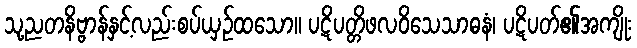
သု့ညတနိဗ္ဗာန်နှင့်လည်းစပ်ယှဉ်ထသော။ ပဋိပတ္တိဖလဝိသေသာဓနံ၊ ပဋိပတ်၏အကျိုး